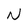
Character: N